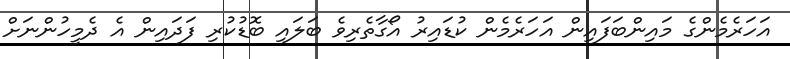
އަހަރެމެންގެ މައިންބަފައިން އަހަރެމެން ކުޑައިރު އޯގާތެރިވެ ބަލައި ބޮޑުކުރި ފަދައިން އެ ދެމީހުންނަށް